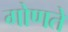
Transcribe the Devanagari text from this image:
गोणते